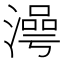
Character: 𣽺